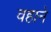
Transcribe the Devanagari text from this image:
वहाने